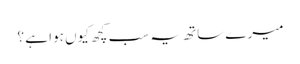
میرے ساتھ یہ سب کچھ کیوں ہوا ہے ؟